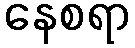
နေစရာ